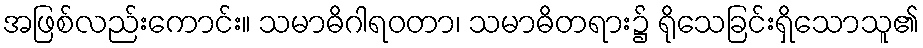
အဖြစ်လည်းကောင်း။ သမာဓိဂါရဝတာ၊ သမာဓိတရား၌ ရိုသေခြင်းရှိသောသူ၏